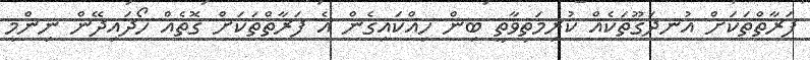
ފަރާތްތަކަށް އުނދަގޫތަކެއް ކުރިމަތިވާތީ ބިން ހިއްކައިގެން އެ ފަރާތްތަކަށް ގޮތެއް ހޯދައިދޭން ނިންމީ